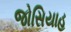
જોસિયાહ